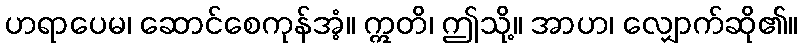
ဟရာပေမ၊ ဆောင်စေကုန်အံ့။ ဣတိ၊ ဤသို့။ အာဟ၊ လျှောက်ဆို၏။